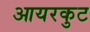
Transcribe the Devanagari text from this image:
आयरकुट